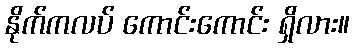
နိုက်ကလပ် ကောင်းကောင်း ရှိလား။